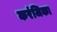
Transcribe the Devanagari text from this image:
करंजिका